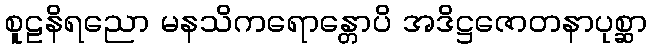
စူဠနိရညော မနသိကရောန္တောပိ အဒိဋ္ဌဇောတနာပုစ္ဆာ